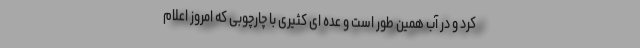
کرد و در آب همین طور است و عده ای کثیری با چارچوبی که امروز اعلام